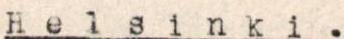
Helsinki.